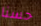
حسنا